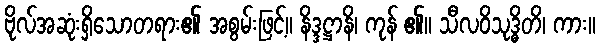
ဗိုလ်အဆုံးရှိသောတရား၏ အစွမ်းဖြင့်။ နိဒ္ဒဋ္ဌာနိ၊ ကုန် ၏။ သီလဝိသုဒ္ဓိတိ၊ ကား။